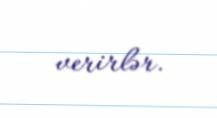
verirlər.